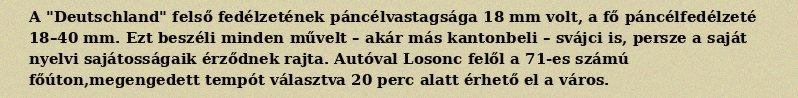
A "Deutschland" felső fedélzetének páncélvastagsága 18 mm volt, a fő páncélfedélzeté 18–40 mm. Ezt beszéli minden művelt – akár más kantonbeli – svájci is, persze a saját nyelvi sajátosságaik érződnek rajta. Autóval Losonc felől a 71-es számú főúton,megengedett tempót választva 20 perc alatt érhető el a város.